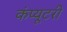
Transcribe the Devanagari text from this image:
कंप्यूटरी